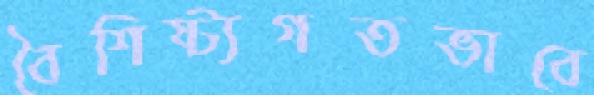
বৈশিষ্ট্যগতভাবে